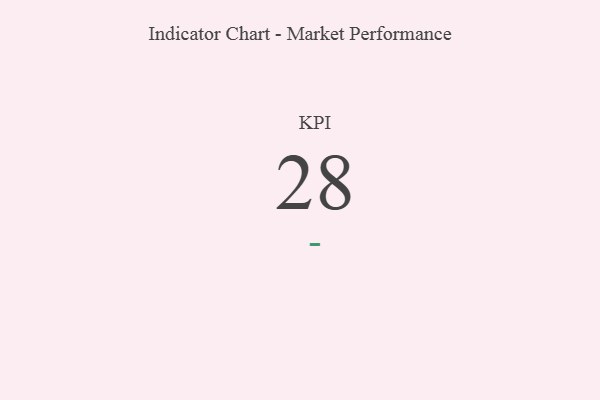
{"axis": {"x": "KPI", "y": "Value"}, "legend": [""], "data": [{"x": "KPI", "y": 28, "type": ""}]}